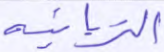
الزبانية